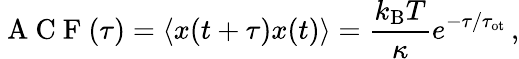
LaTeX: \mathrm{~A~C~F~}(\tau)=\left\langle x(t+\tau)x(t)\right\rangle=\frac{k_{\mathrm{B}}T}{\kappa}e^{-\tau/\tau_{\mathrm{ot}}}\, ,